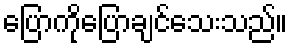
ပြောကိုပြောချင်သေးသည်။